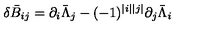
\delta \bar { B } _ { i j } = \partial _ { i } \bar { \Lambda } _ { j } - ( - 1 ) ^ { | i | | j | } \partial _ { j } \bar { \Lambda } _ { i }